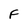
Character: F